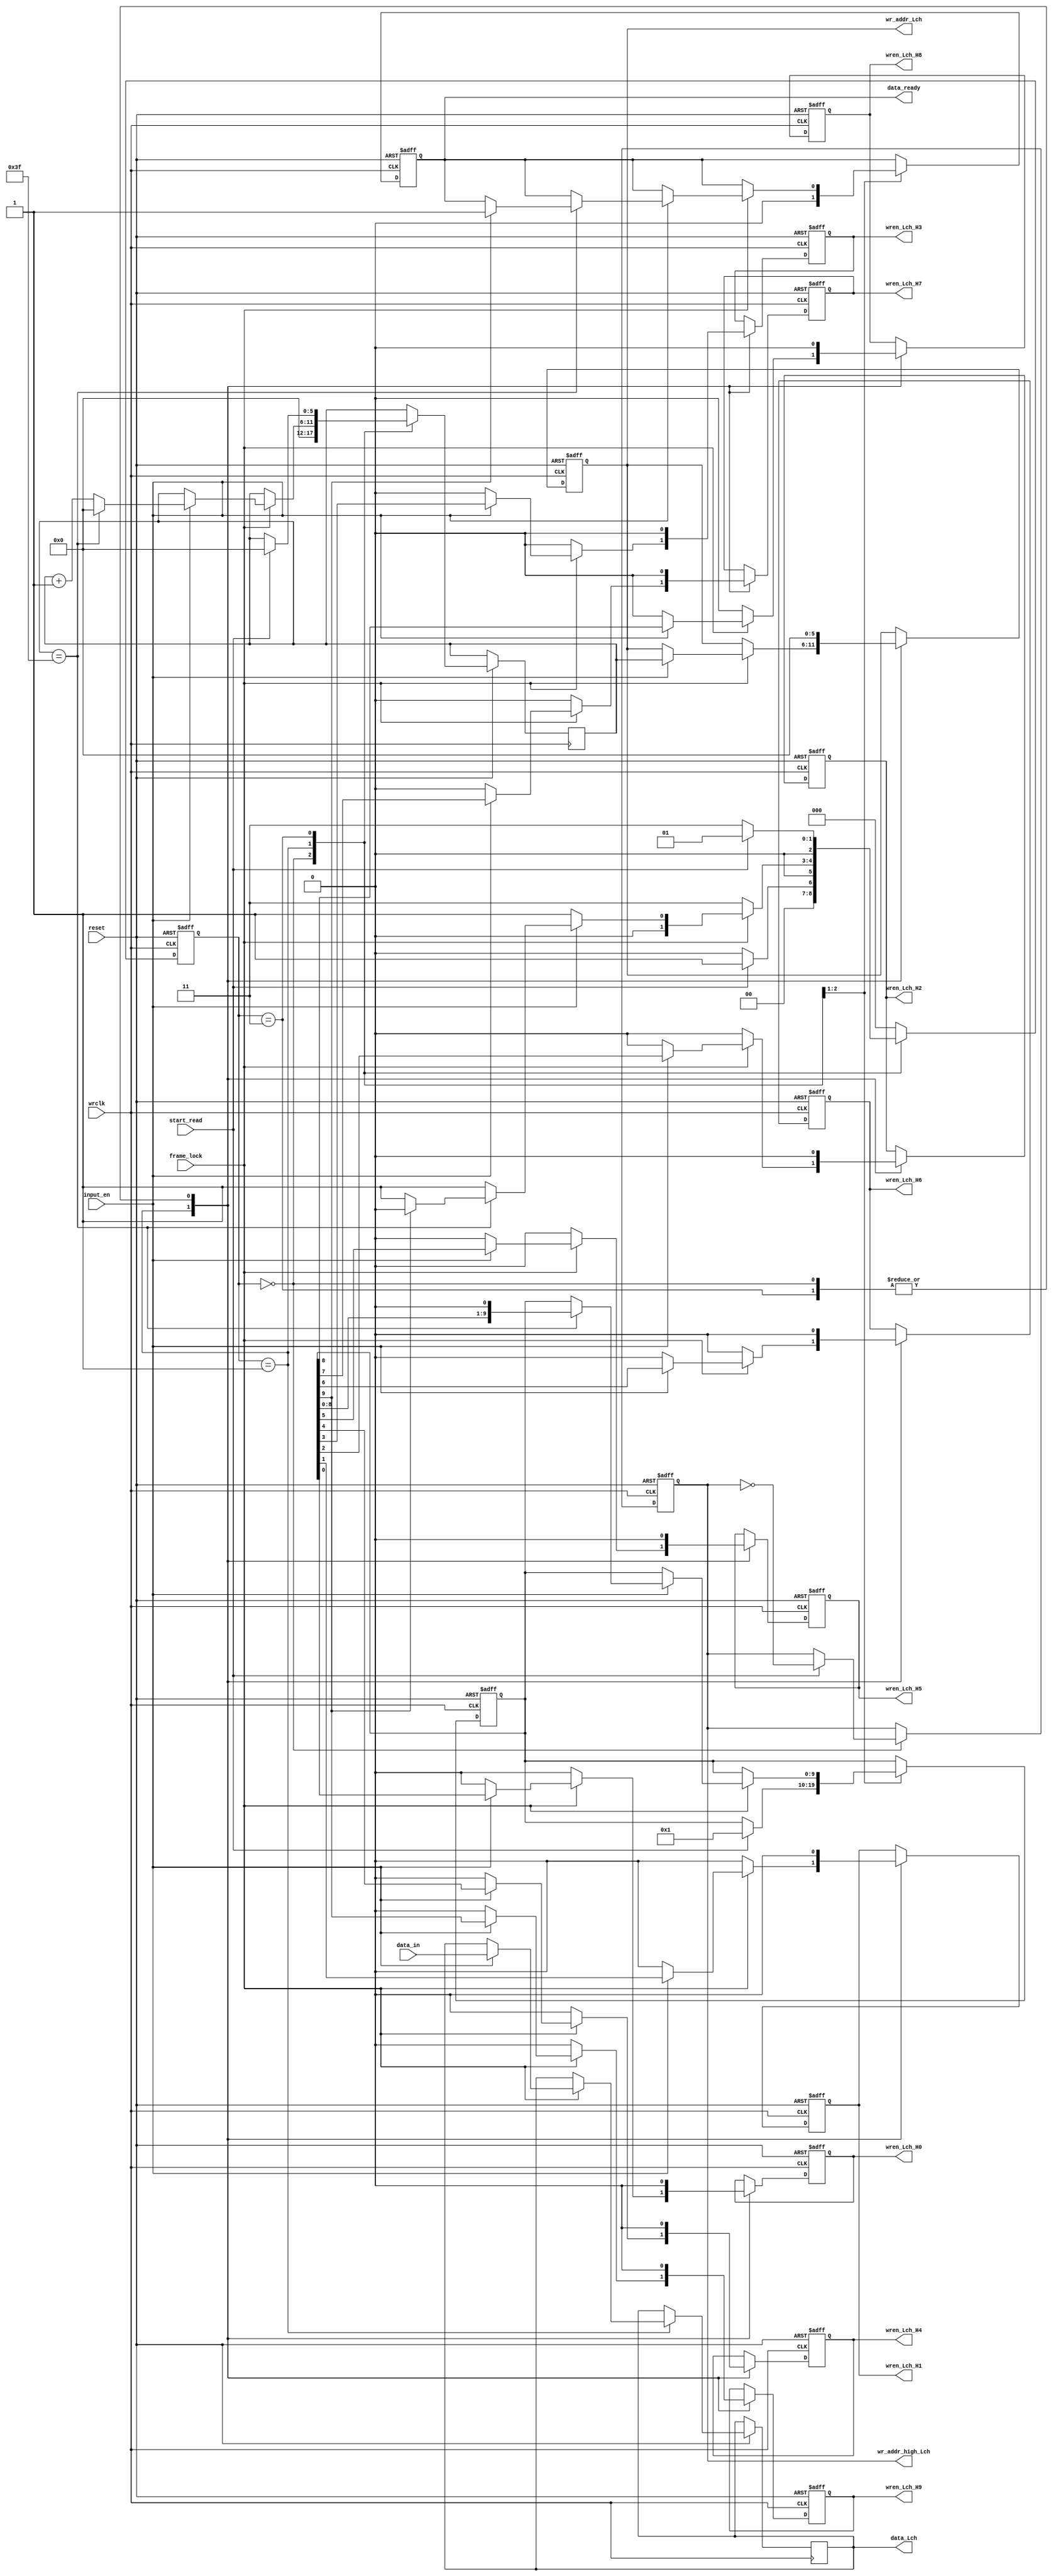
`timescale 1ns / 1ps
//////////////////////////////////////////////////////////////////////////////////
// Company: 
// Engineer: 
// 
// Design Name: 
// Module Name:    initLLR 
// Project Name: 
// Target Devices: 
// Tool versions: 
// Description: 
//
// Dependencies: 
//
// Revision: 
// Revision 0.01 - File Created
// Additional Comments: 
//
//////////////////////////////////////////////////////////////////////////////////
module initLLR(wrclk,
                      reset,
					  start_read,
					  input_en,
					  frame_lock,
					  data_in,
					  
					  data_Lch,
					  wr_addr_Lch,
					  wr_addr_high_Lch,

					  wren_Lch_H0,
					  wren_Lch_H1,
					  wren_Lch_H2,
					  wren_Lch_H3,
					  wren_Lch_H4,
					  wren_Lch_H5,
					  wren_Lch_H6,
					  wren_Lch_H7,
					  wren_Lch_H8,
					  wren_Lch_H9,
					  
					 // data_full,//
					  data_ready
					  );
input wrclk,
      reset,
      start_read,
	  input_en,  
	  frame_lock; 

parameter 	DATAWIDTH = 11 - 1,
			ADDR_WIDTH = 6 - 1,
            MAX_ADD = (1 << ADDR_WIDTH) - 1;
			
input [DATAWIDTH:0] data_in;	  

output [DATAWIDTH:0] data_Lch;
output [ADDR_WIDTH:0] wr_addr_Lch;
output wr_addr_high_Lch;
output data_ready;
output wren_Lch_H0, wren_Lch_H1, wren_Lch_H2, 
	   wren_Lch_H3, wren_Lch_H4, wren_Lch_H5,
	   wren_Lch_H6, wren_Lch_H7, wren_Lch_H8,
	   wren_Lch_H9;		

reg [DATAWIDTH:0] data_Lch;
reg [ADDR_WIDTH:0] wr_addr_Lch;
reg wr_addr_high_Lch;
reg data_ready;
reg wren_Lch_H0, wren_Lch_H1, wren_Lch_H2, 
	   wren_Lch_H3, wren_Lch_H4, wren_Lch_H5,
	   wren_Lch_H6, wren_Lch_H7, wren_Lch_H8,
	   wren_Lch_H9;	
	   
reg [ADDR_WIDTH:0] counter;

reg [9:0] wr_en_state;
reg [2:0] read_state;
parameter  read_idle = 3'b000, 
		   initial_Lch = 3'b001,
		   /*
		   initial_Lch_H0 = 4'b0001, initial_Lch_H1 =  4'b0010,
		   initial_Lch_H2 = 4'b0011, initial_Lch_H3 = 4'b0100, initial_Lch_H4 = 4'b0101,
		   initial_Lch_H5 = 4'b0110, initial_Lch_H6 = 4'b0111, initial_Lch_H7 = 4'b1000,
		   initial_Lch_H8 = 4'b1001, initial_Lch_H9 = 4'b1010, 
		   */
		   frame_unlock = 3'b011;			

always @(posedge wrclk or negedge reset)
   if(!reset) 
   begin
		data_ready <= 1'b0;		
		wr_addr_high_Lch <= 1'b1;//  		
		wren_Lch_H0 <= 1'b0;
		wren_Lch_H1 <= 1'b0;
		wren_Lch_H2 <= 1'b0;
		wren_Lch_H3 <= 1'b0;
		wren_Lch_H4 <= 1'b0;
		wren_Lch_H5 <= 1'b0;
		wren_Lch_H6 <= 1'b0;
		wren_Lch_H7 <= 1'b0;
		wren_Lch_H8 <= 1'b0;
		wren_Lch_H9 <= 1'b0;
		
		wr_addr_Lch <= 0;
		wr_en_state <= 0;
	    read_state <= read_idle;
	end		
   else
      case(read_state)
			read_idle : 
			begin
			
				wr_addr_Lch <= 0;
				{wren_Lch_H9,
				wren_Lch_H8,
				wren_Lch_H7,
				wren_Lch_H6,
				wren_Lch_H5,
				wren_Lch_H4,
				wren_Lch_H3,
				wren_Lch_H2,
				wren_Lch_H1,
				wren_Lch_H0
				} <= 10'd0;
				
				counter <= 0;
				data_ready <= 1'b0;
				if(start_read) 
				begin
					wr_addr_high_Lch <= ~wr_addr_high_Lch;
					read_state <= initial_Lch;
					wr_en_state <= 10'd1;
				end
				else 
				begin
					wr_addr_Lch <= 0;
					read_state <= read_idle;
				end
				
            end			 
        
			initial_Lch : 
			begin
		      if(frame_lock) 
			  begin
			      if(input_en) 
				  begin
						data_Lch <= data_in;
						
						{wren_Lch_H9,
						wren_Lch_H8,
						wren_Lch_H7,
						wren_Lch_H6,
						wren_Lch_H5,
						wren_Lch_H4,
						wren_Lch_H3,
						wren_Lch_H2,
						wren_Lch_H1,
						wren_Lch_H0
						} <= wr_en_state;
						
						wr_addr_Lch <= counter;
					 
						if(counter == 6'b11_1111) 
						begin
							counter <= 0;
							wr_en_state <= wr_en_state << 1;
							if(wr_en_state[9] == 1'b0)
							begin							
								read_state <= initial_Lch;
							end
							else
							begin
								read_state <= read_idle;
								data_ready <= 1'b1;
							end
						end
						else
						begin
							counter <= counter + 1'b1;
							read_state <= initial_Lch;
						end
				   end
				   else 
				   begin
					   {wren_Lch_H9,
						wren_Lch_H8,
						wren_Lch_H7,
						wren_Lch_H6,
						wren_Lch_H5,
						wren_Lch_H4,
						wren_Lch_H3,
						wren_Lch_H2,
						wren_Lch_H1,
						wren_Lch_H0
						} <= 10'd0;
					   read_state <= initial_Lch;
				   end
            end        			   
            else 
			begin
			    {wren_Lch_H9,
				wren_Lch_H8,
				wren_Lch_H7,
				wren_Lch_H6,
				wren_Lch_H5,
				wren_Lch_H4,
				wren_Lch_H3,
				wren_Lch_H2,
				wren_Lch_H1,
				wren_Lch_H0
				} <= 10'd0;
				read_state <= frame_unlock;
            end				 
		   end	
		   
			frame_unlock : 
			begin	
				wr_addr_Lch <= 0;
				{wren_Lch_H9,
				wren_Lch_H8,
				wren_Lch_H7,
				wren_Lch_H6,
				wren_Lch_H5,
				wren_Lch_H4,
				wren_Lch_H3,
				wren_Lch_H2,
				wren_Lch_H1,
				wren_Lch_H0
				} <= 10'd0;	

					
				if(start_read) 
				begin
					counter <= 0;
					read_state <= initial_Lch;
				end
				else 
				begin 
					read_state <= frame_unlock;
				end					 
			end                                                                                                                                                                                                                                                                                                                                                                                                                                                                                                                                                                                     
			default : 
			begin
				read_state <= read_idle;
			end
		endcase
   
endmodule